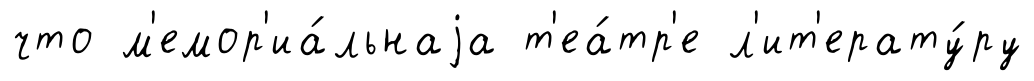
что м'емор'иа́льнаjа т'еа́тр'е л'ит'ерату́ру